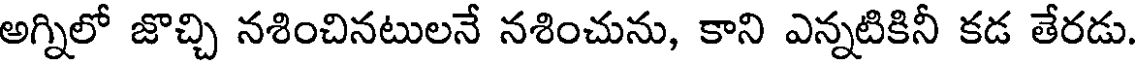
అగ్నిలో జొచ్చి నశించినటులనే నశించును, కాని ఎన్నటికినీ కడ తేరడు